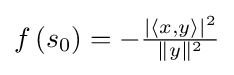
f\left(s_{0}\right)=-{\tfrac {|\langle x,y\rangle |^{2}}{\|y\|^{2}}}